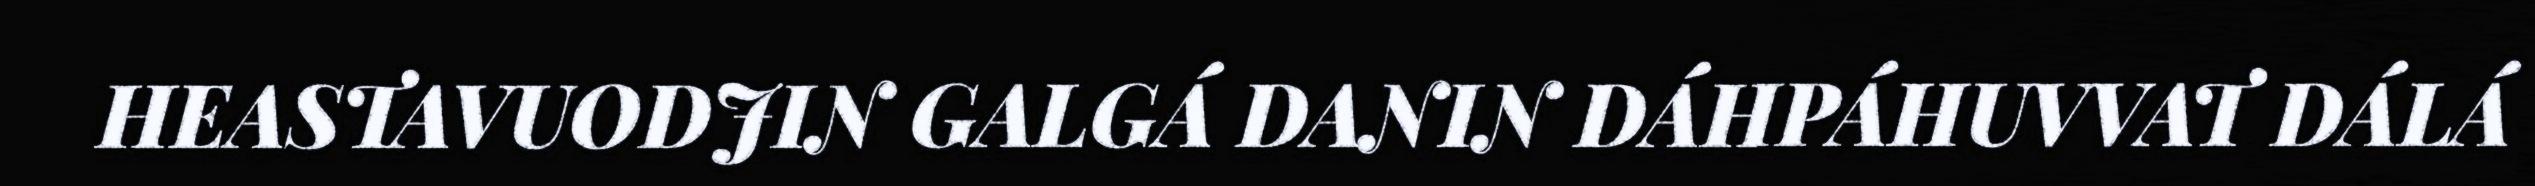
HEASTAVUODJIN GALGÁ DANIN DÁHPÁHUVVAT DÁLÁ